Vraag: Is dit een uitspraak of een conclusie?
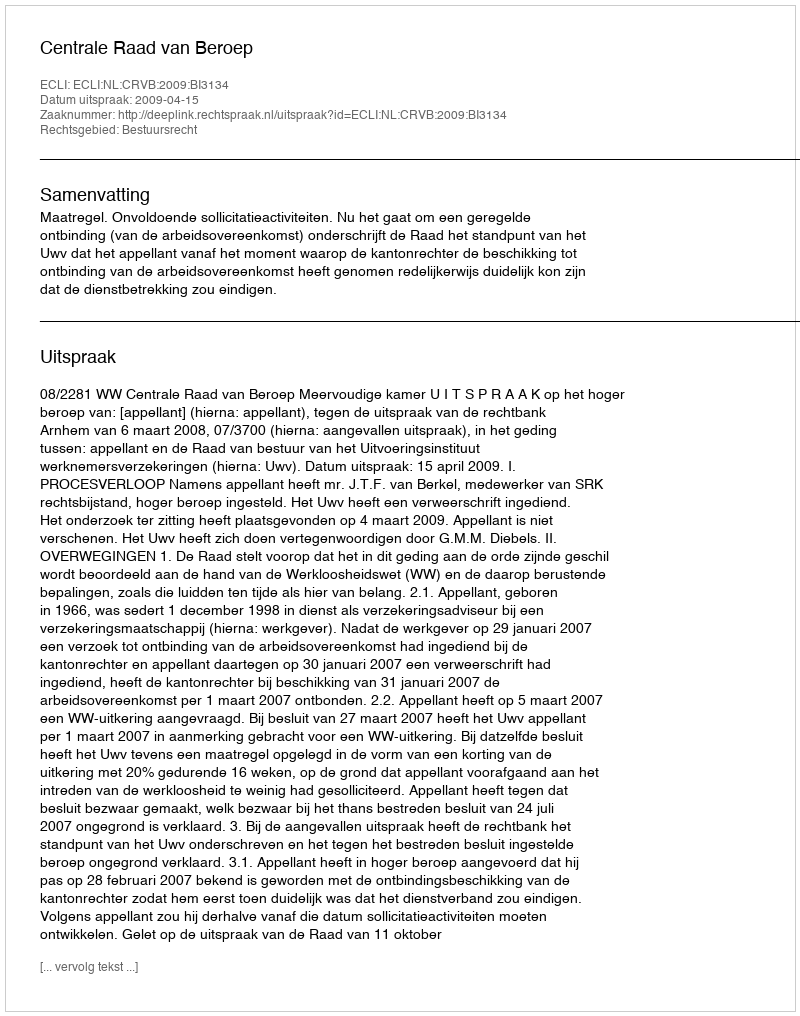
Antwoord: Uitspraak